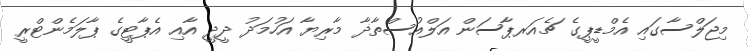
މިޖަލްސާގައި އެމްޑީޕީގެ ޗެއަރޕާސަން އަލްއުސްތާޛާ މާރިޔާ އަހުމަދު ދީދީ އާއި އެޕާޓީގެ ޕާލަމެންޓްރީ